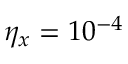
\eta _ { x } = 1 0 ^ { - 4 }